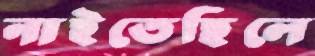
নাইতেছিলে